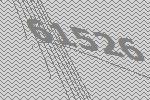
61526